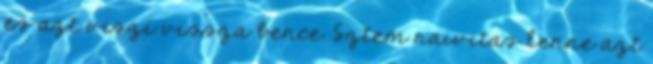
es azt viszi vissza bence. Sztem naivitas lenne azt